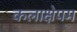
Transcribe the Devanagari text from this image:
कलाक्षेपम